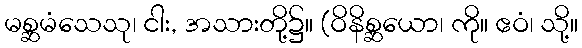
မစ္ဆမံသေသု၊ ငါး, အသားတို့၌။ (ဝိနိစ္ဆယော၊ ကို။ ဧဝံ၊ သို့။